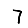
Digit: 7